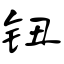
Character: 钮